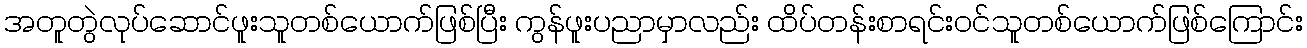
အတူတွဲလုပ်ဆောင်ဖူးသူတစ်ယောက်ဖြစ်ပြီး ကွန်ဖူးပညာမှာလည်း ထိပ်တန်းစာရင်းဝင်သူတစ်ယောက်ဖြစ်ကြောင်း